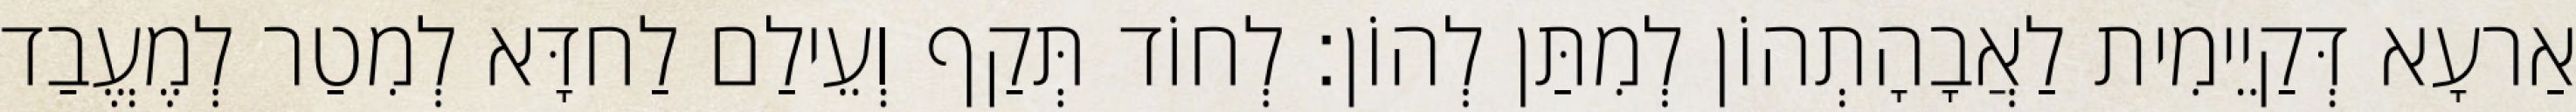
אַרעָא דְּקַיֵימִית לַאֲבָהָתְהוֹן לְמִתַּן לְהוֹן׃ לְחוֹד תְּקַף וְעֵילַם לַחדָּא לְמִטַר לְמֶעֱבַד